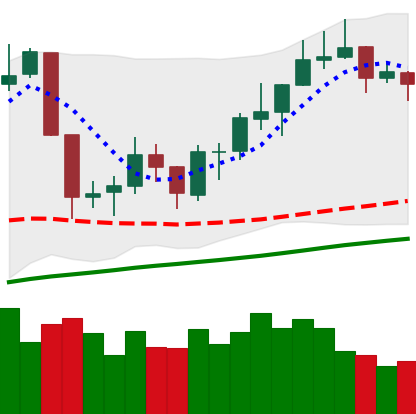
Ticker: NEO-USD
Chart end date: 2019-06-20
Forward return: 43.799%
Label: up_7plus